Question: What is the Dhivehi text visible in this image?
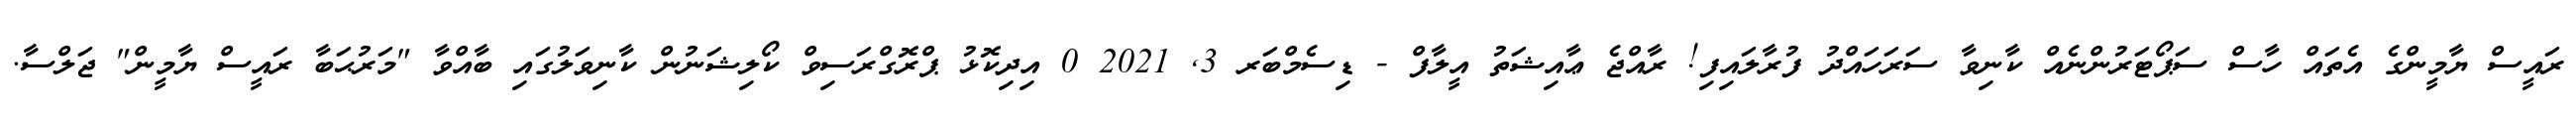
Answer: ރައީސް ޔާމީންގެ އެތައް ހާސް ސަޕޯޓަރުންނެއް ކާނިވާ ސަރަހައްދު ފުރާލައިފި! ރާއްޖެ ޢާއިޝަތު އީލާފް - ޑިސެމްބަރ 3, 2021 0 އިދިކޮޅު ޕްރޮގްރަސިވް ކޯލިޝަނުން ކާނިވަލުގައި ބާއްވާ "މަރުޙަބާ ރައީސް ޔާމީން" ޖަލްސާ.